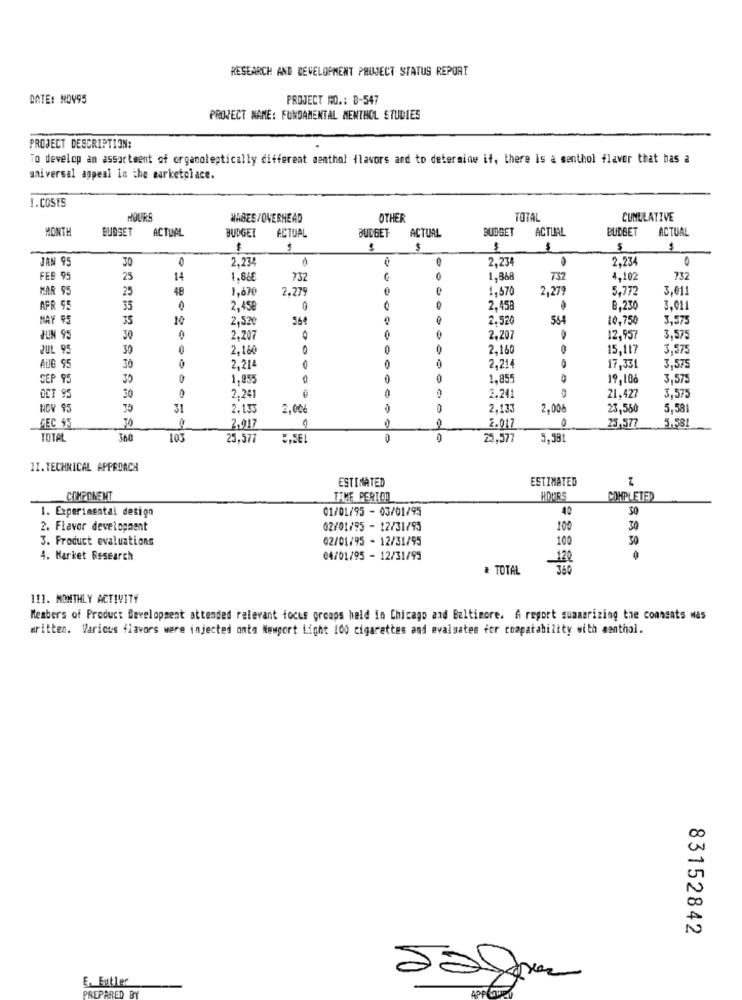
RESEARCH AND DEVELOPMENT PROJECT STATUS REPORT
DATE: NOV95
PROJECT NO .: B-547
PROJECT NAME: FUNDAMENTAL MENTHOL STUDIES
PROJECT DESCRIPTION:
To develop an assortment of organoleptically different menthol flavors and to determine if, there is a menthol flavor that has a
universal appeal In the marketplace.
1.COSTS
HOURS
WAGES /OVERHEAD
OTHER
TOTAL
CUMULATIVE
MONTH
BUDSET
ACTUAL
BUDGET
ACTUAL
BUDGET
ACTUAL
BUDGET
ACTUAL
BUDGET
ACTUAL
$
-
$
$
$
JAN 95
2,234
2,234
2.234
30
FEB 95
25
14
1.86€
732
1,868
737
4,102
732
MAR 95
25
48
1,67€
2.279
1,570
2,279
5.772
3,011
AFR 95
35
0
2,458
2,458
8,230
3.011
MAY 95
35
10
2,520
564
2.520
554
10,750
3,575
JUN 95
30
2,207
2,207
12,957
3,575
JUL 95
30
0
2,160
0
2.160
15,117
3,575
30
AUG 95
2,214
2,214
17,331
3,575
SEP 95
30
0
1.855
1,855
19,18
3,575
30
OCT 95
2.241
2.241
21,427
3,575
RDV 95
31
2.135
2,00€
0
2,133
2,006
23,560
5,581
23,577
5.581
CEC 95
2.017
2.017
TOTAL
360
LO3
25,577
25,577
5,581
II. TECHNICAL APPROACH
ESTIMATED
ESTIMATED
COMPONENT
TIME PERIOD
HOURS
COMPLETED
1. Experimental design
01/01/95 - 03/01/95
40
30
2. Flavor development
02/01/95 - 12/31/95
100
30
3. Product evaluations
02/01/95 - 12/31/95
100
30
4. Market Research
€4/01/95 - 12/31/95
120
# TOTAL
360
11]. MONTHLY ACTIVITY
Members of Product Development attended relevant focus groups held in Chicago and Baltimore. A report summarizing the comments Mas
written. Various flavors were injected onto Newport Light 100 cigarettes and evaluates fer compatability with menthol.
83152842
E. Eatler
PREPARED BY